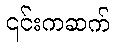
၎င်းကဆက်